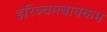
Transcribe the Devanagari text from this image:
इरिञ्चमबाक्कम